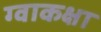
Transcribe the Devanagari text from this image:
ग्वाकक्षा